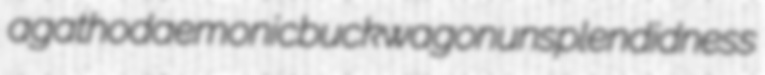
agathodaemonic buckwagon unsplendidness